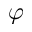
\varphi